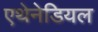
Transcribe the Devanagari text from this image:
एथेनेडियल